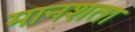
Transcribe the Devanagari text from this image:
मानशता